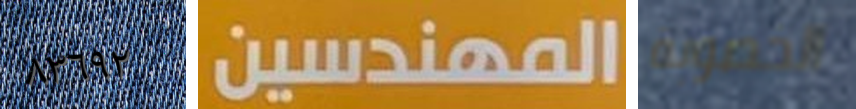
٨٣٦٩٢ المهندسين الخصوبة